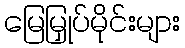
မြေမြှုပ်မိုင်းများ